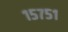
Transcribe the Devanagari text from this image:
१५७५१